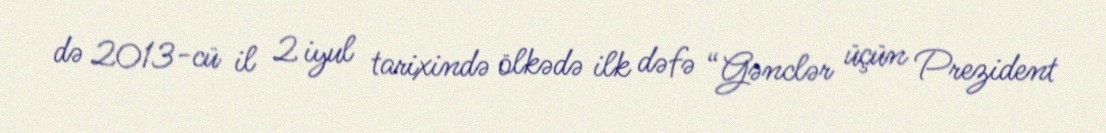
də 2013-cü il 2 iyul tarixində ölkədə ilk dəfə “Gənclər üçün Prezident